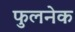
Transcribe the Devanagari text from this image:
फुलनेक